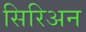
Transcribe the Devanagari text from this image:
सिरिअन